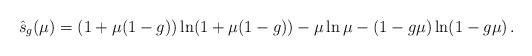
\begin{align*} \hat{s}_g(\mu) = (1+\mu(1-g))\ln (1+\mu(1-g)) - \mu\ln \mu - (1-g\mu) \ln (1-g\mu) \,.\end{align*}